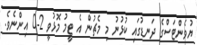
ޔުވެންޓަސްގެ ދަނޑުގައި ކުޅުނު މި މެޗުން އެ ޓީމު މޮޅުވީ 2-0 އިންނެވެ.